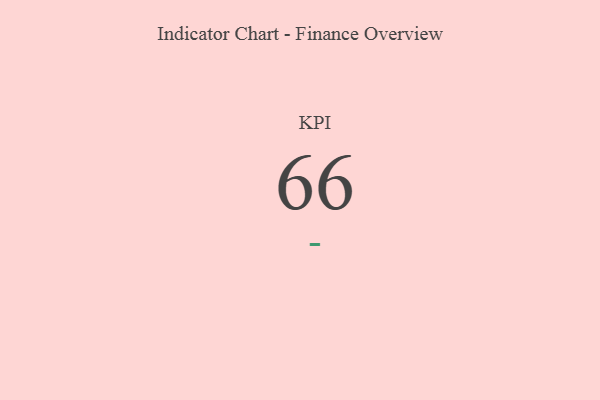
{"axis": {"x": "KPI", "y": "Value"}, "legend": [""], "data": [{"x": "KPI", "y": 66, "type": ""}]}